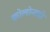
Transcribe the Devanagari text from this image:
कोलोनाडो